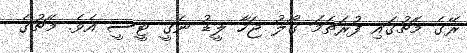
ރޭގެ މެޗުގައި ފުރަތަމަ ގޯލު ޖަހާ ލީޑު ނެގީ ޓީސީ އެވެ. މެޗުގެ